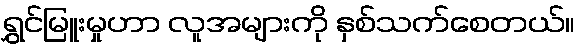
ရွှင်မြူးမှုဟာ လူအများကို နှစ်သက်စေတယ်။